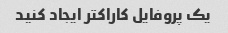
یک پروفایل کاراکتر ایجاد کنید